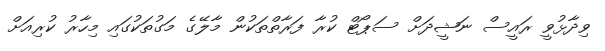
ވިދާޅުވީ ރައީސް ނަޝީދަށް ސަޕޯޓް ކުރާ ފަރާތްތަކުން މާލޭގެ މަގުތަކުގައި މިހާރު ކުރިއަށް